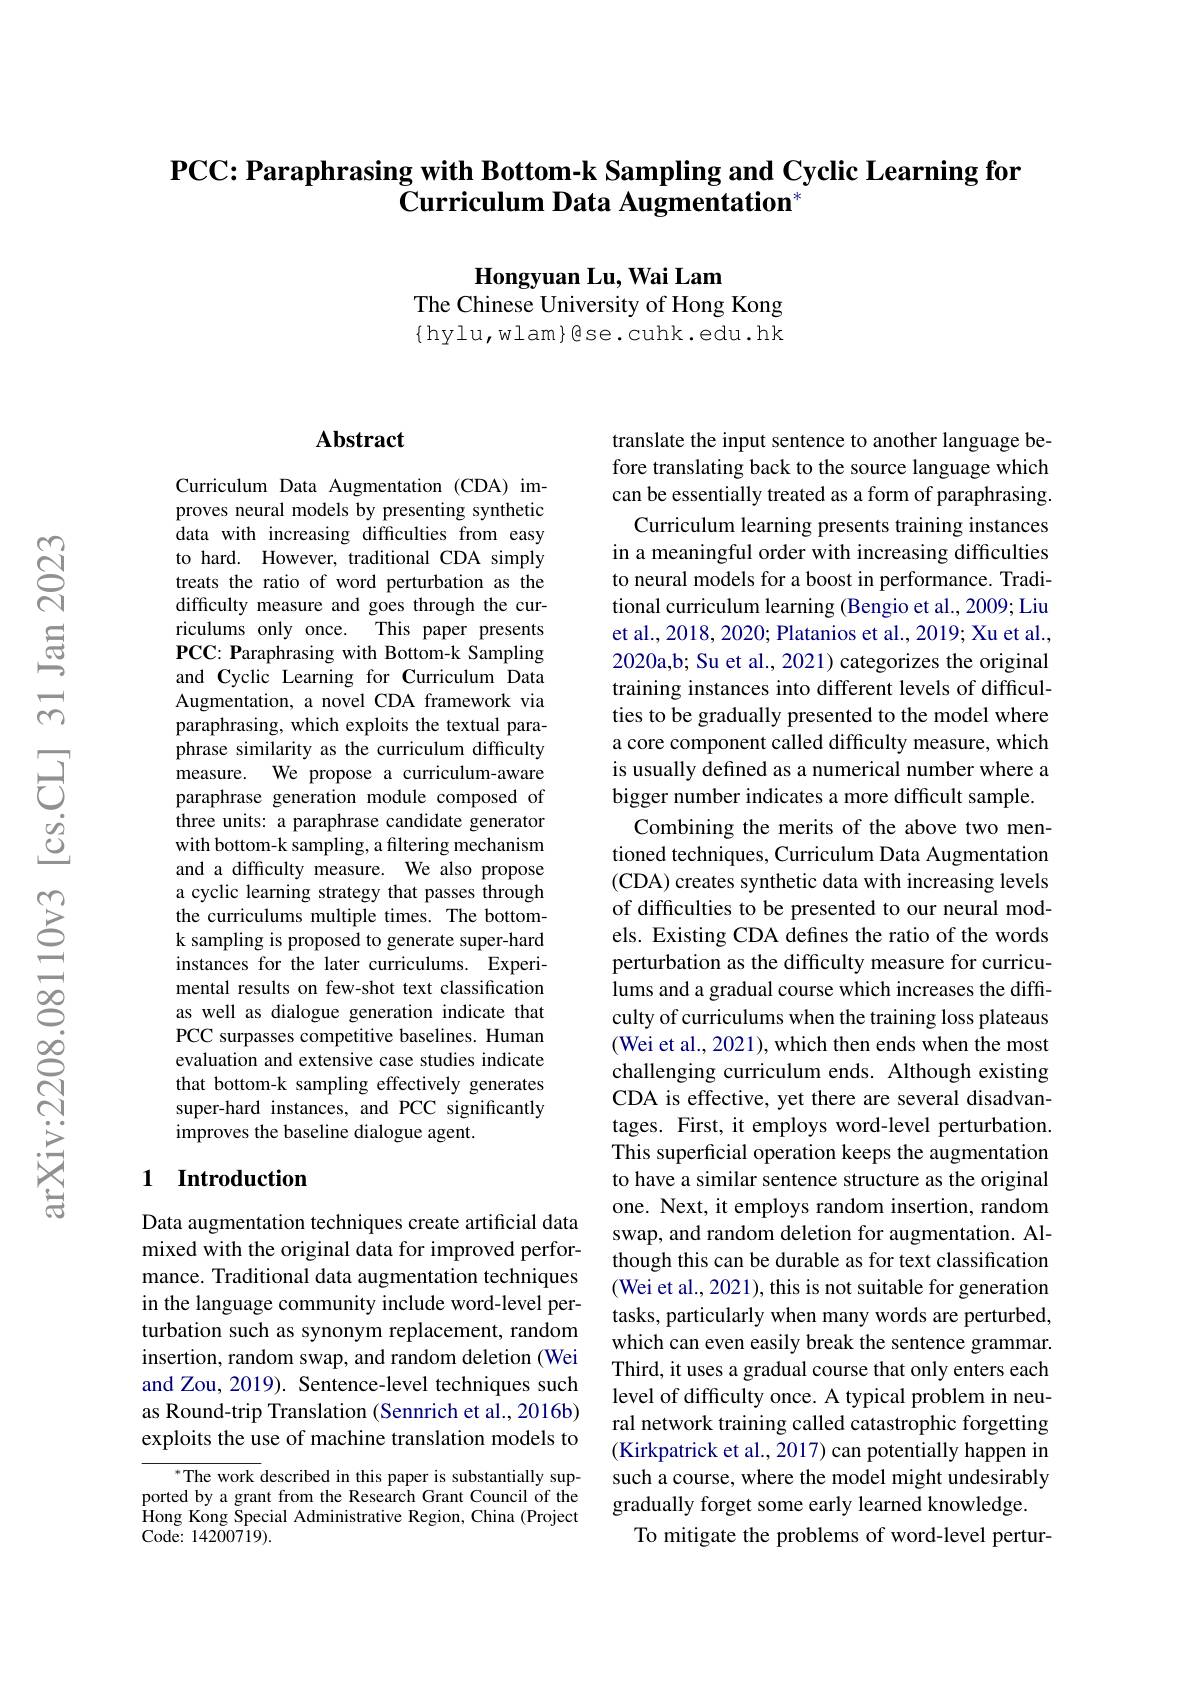
$\mathsf{PCC: }\textbf{Paraphrasing with Bottom- k Sampling and Cyclic Learning for}$
Curriculum Data Augmentation"

Hongyuan Lu, Wai Lam
The Chinese University of Hong Kong $\{$hylu,wlam$\}$ese.cuhk.edu.hk

## Abstract

Curriculum Data Augmentation (CDA) improves neural models by presenting synthetic data with increasing difficulties from easy to hard. However, traditional CDA simply treats the ratio of word perturbation as the difficulty measure and goes through the curriculums only once. This paper presents PCC: Paraphrasing with Bottom-k Sampling and Cyclic Learning for Curriculum Data Augmentation, a novel CDA framework via paraphrasing, which exploits the textual paraphrase similarity as the curriculum difficulty measure. We propose a curriculum-aware paraphrase generation module composed of three units: a paraphrase candidate generator with bottom-k sampling, a filtering mechanism and a difficulty measure. We also propose a cyclic learning strategy that passes through the curriculums multiple times. The bottomk sampling is proposed to generate super-hard instances for the later curriculums. Experimental results on few-shot text classification as well as dialogue generation indicate that PCC surpasses competitive baselines. Human evaluation and extensive case studies indicate that bottom-k sampling effectively generates super-hard instances, and PCC significantly improves the baseline dialogue agent.

## 1 Introduction

Data augmentation techniques create artificial data mixed with the original data for improved performance. Traditional data augmentation techniques in the language community include word-level perturbation such as synonym replacement, random insertion, random swap, and random deletion (Wei and Zou, 2019). Sentence-level techniques such as Round-trip Translation (Sennrich et al.,2016b) exploits the use of machine translation models to

${^*\text{The work }}$described in this paper is substantially supported by a grant from the Research Grant Council of the Hong Kong Special Administrative Region, China (Project ${\mathrm{Code:~14200719}}).$

translate the input sentence to another language before translating back to the source language which can be essentially treated as a form of paraphrasing.
Curriculum learning presents training instances in a meaningful order with increasing difficulties to neural models for a boost in performance. Traditional curriculum learning (Bengio et al., 2009; Liu et al., 2018, 2020; Platanios et al., 2019; Xu et al., 2020a,b; Su et al., 2021) categorizes the original training instances into different levels of difficulties to be gradually presented to the model where a core component called difficulty measure, which is usually defined as a numerical number where a bigger number indicates a more difficult sample
Combining the merits of the above two mentioned techniques, Curriculum Data Augmentation (CDA) creates synthetic data with increasing levels of difficulties to be presented to our neural models. Existing CDA defines the ratio of the words perturbation as the difficulty measure for curriculums and a gradual course which increases the difficulty of curriculums when the training loss plateaus (Wei et al., 2021), which then ends when the most challenging curriculum ends. Although existing CDA is effective, yet there are several disadvantages. First, it employs word-level perturbation. This superficial operation keeps the augmentation to have a similar sentence structure as the original one. Next, it employs random insertion, random swap, and random deletion for augmentation. Although this can be durable as for text classification (Wei et al., 2021), this is not suitable for generation tasks, particularly when many words are perturbed, which can even easily break the sentence grammar. Third, it uses a gradual course that only enters each level of difficulty once. A typical problem in neural network training called catastrophic forgetting (Kirkpatrick et al., 2017) can potentially happen in such a course, where the model might undesirably gradually forget some early learned knowledge.
To mitigate the problems of word-level pertur-